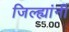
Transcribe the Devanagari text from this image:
जिल्ह्यांनी